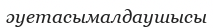
әуетасымалдаушысы